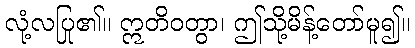
လုံ့လပြု၏။ ဣတိဝတွာ၊ ဤသို့မိန့်တော်မူ၍။